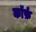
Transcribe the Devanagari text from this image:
कॉर्फ़